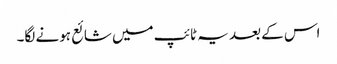
اس کے بعد یہ ٹائپ میں شائع ہونے لگا۔